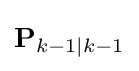
\mathbf {P} _{k-1\mid k-1}